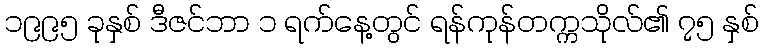
၁၉၉၅ ခုနှစ် ဒီဇင်ဘာ ၁ ရက်နေ့တွင် ရန်ကုန်တက္ကသိုလ်၏ ၇၅ နှစ်